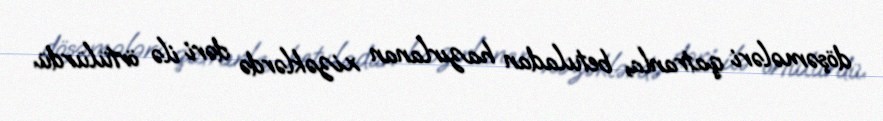
döşəmələri qatranla, betuladan hazırlanan xizəklərdə dəri ilə örtülürdü.